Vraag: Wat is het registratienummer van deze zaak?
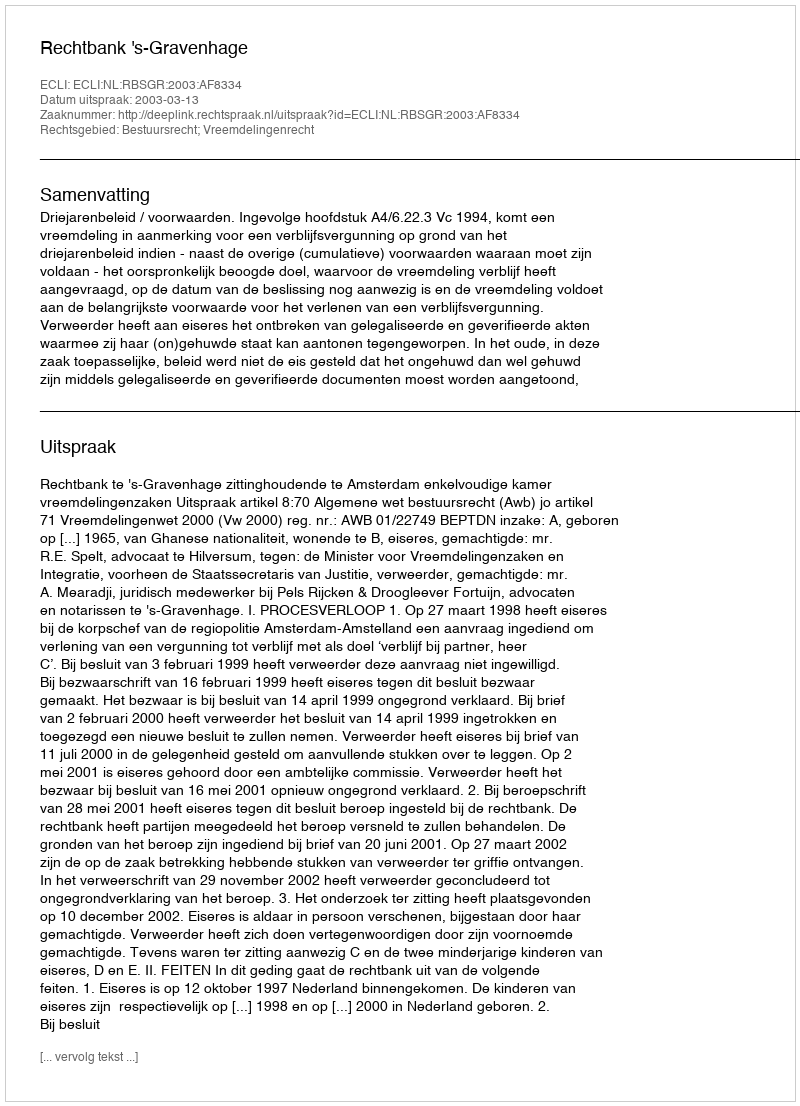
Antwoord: http://deeplink.rechtspraak.nl/uitspraak?id=ECLI:NL:RBSGR:2003:AF8334